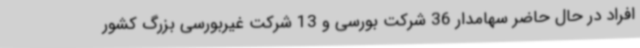
افراد در حال حاضر سهامدار 36 شرکت بورسی و 13 شرکت غیربورسی بزرگ کشور